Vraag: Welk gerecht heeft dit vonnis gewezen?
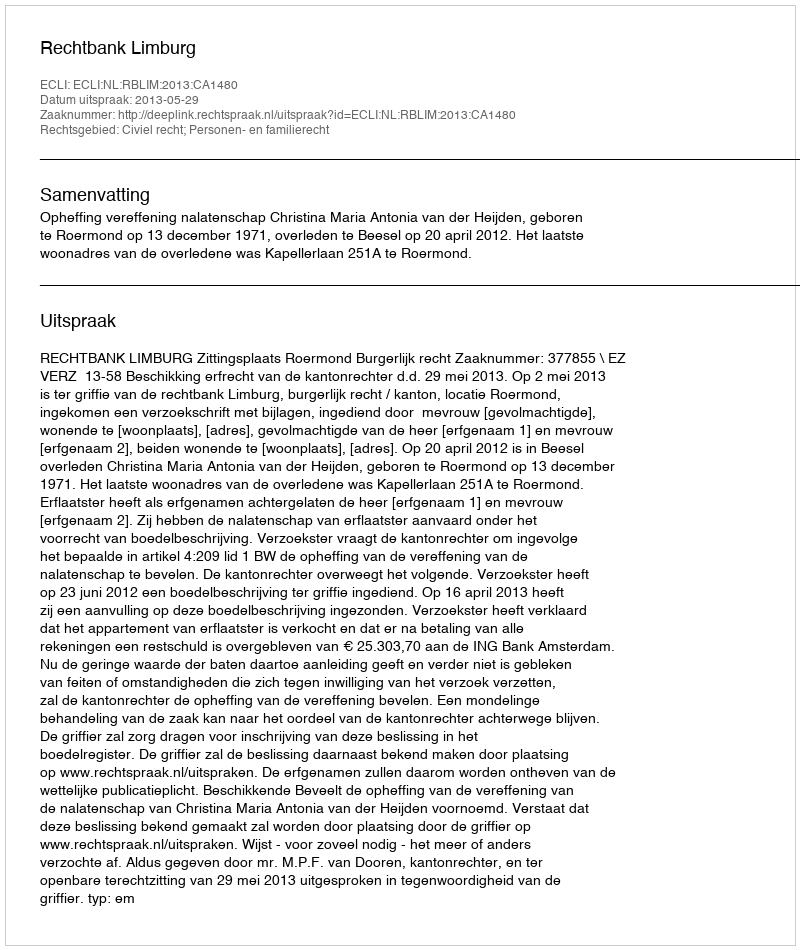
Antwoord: Rechtbank Limburg